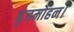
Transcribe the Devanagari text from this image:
बृजमोहन।